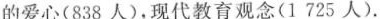
的爱心(838人)，现代教育观念(1725人).